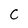
Character: c